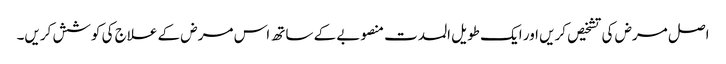
اصل مرض کی تشخیص کریں اور ایک طویل المدت منصوبے کے ساتھ اس مرض کے علاج کی کوشش کریں۔